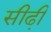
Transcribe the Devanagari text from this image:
सीढी़